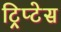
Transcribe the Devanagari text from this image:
ट्रिप्टेस